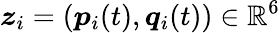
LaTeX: \boldsymbol{z}_{i}=\left(\boldsymbol{p}_{i}(t),\boldsymbol{q}_{i}(t)\right)\in\mathbb{R}^{6}